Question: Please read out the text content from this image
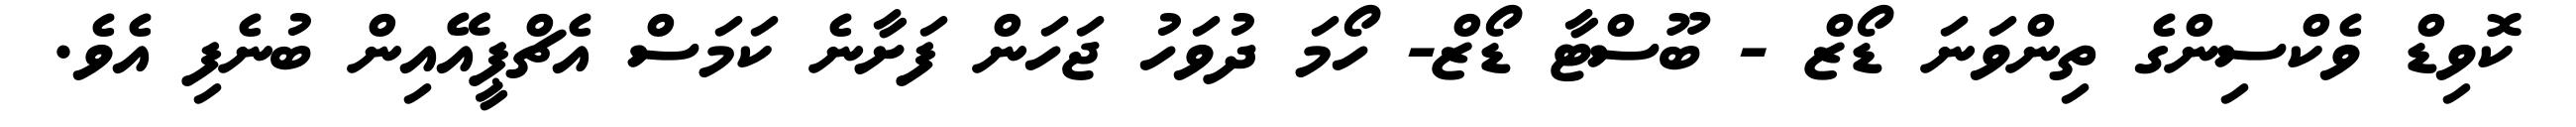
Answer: ކޮވިޑް ވެކްސިންގެ ތިންވަނަ ޑޯޒް - ބޫސްޓާ ޑޯޒް- ހޯމަ ދުވަހު ޖަހަން ފަށާނެ ކަމަސް އެޗްޕީއޭއިން ބުނެފި އެވެ.